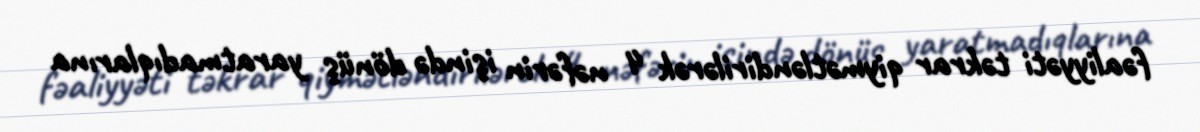
fəaliyyəti təkrar qiymətləndirilərək 4 nəfərin işində dönüş yaratmadıqlarına